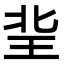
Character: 𤤘